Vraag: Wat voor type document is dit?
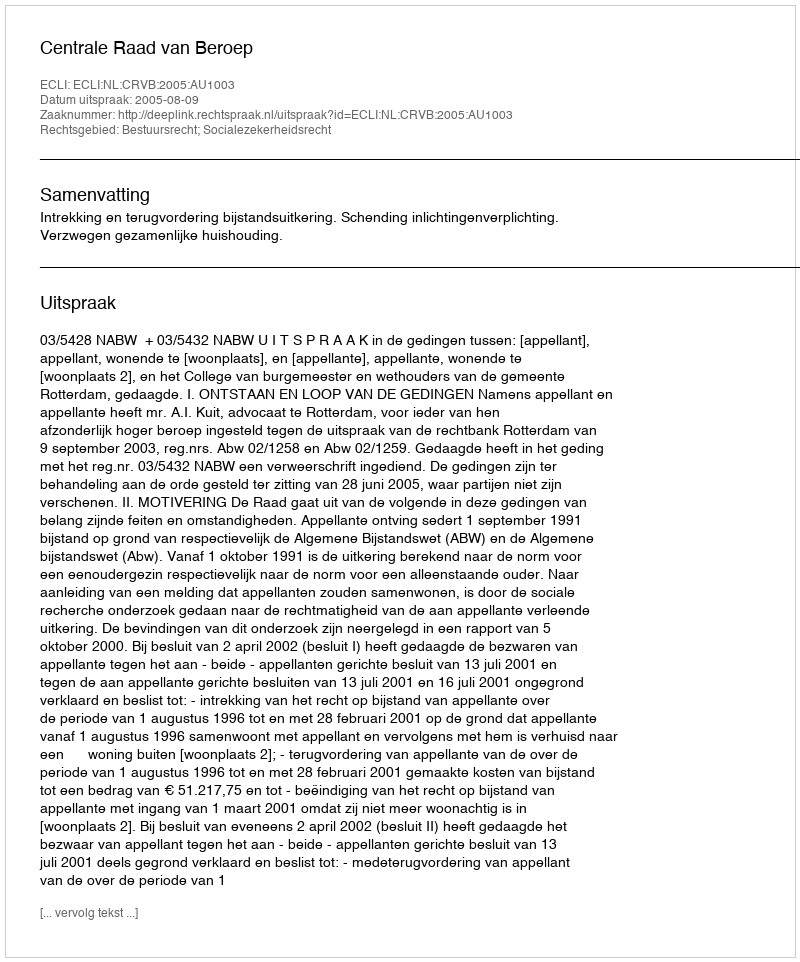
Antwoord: Uitspraak